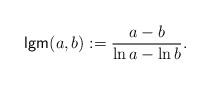
LaTeX: \begin{align*}\mathsf{lgm}(a,b):=\frac{a-b}{\ln a -\ln b}.\end{align*}